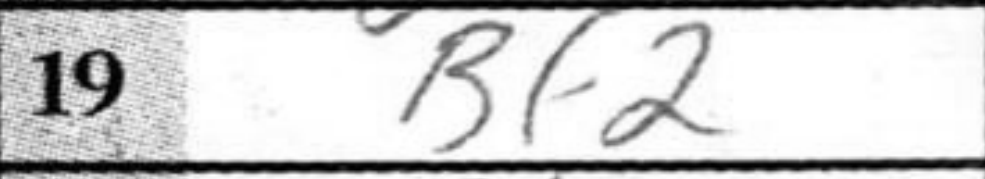
Transcription: Bf2